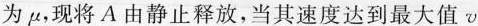
为μ，现将A由静止释放，当其速度达到最大值v